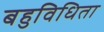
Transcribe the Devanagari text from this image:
बहुविधिता